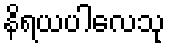
နိရယပါလေသု